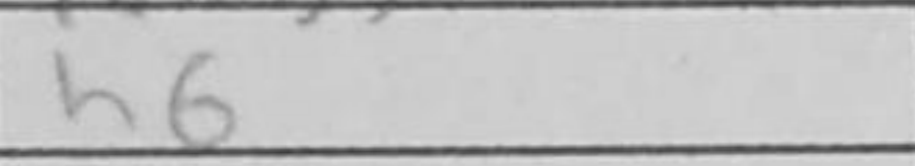
Transcription: h6